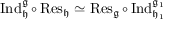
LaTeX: \operatorname { I n d } _ { \mathfrak { h } } ^ { \mathfrak { g } } \circ \operatorname { R e s } _ { \mathfrak { h } } \simeq \operatorname { R e s } _ { \mathfrak { g } } \circ \operatorname { I n d } _ { \mathfrak { h _ { 1 } } } ^ { \mathfrak { g _ { 1 } } }